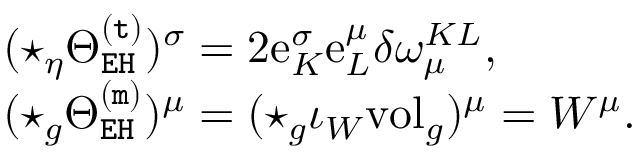
\begin{array} { r l } & { ( \star _ { \eta } \Theta _ { \mathtt { E H } } ^ { \mathtt { ( t ) } } ) ^ { \sigma } = 2 \mathrm { e } _ { K } ^ { \sigma } \mathrm { e } _ { L } ^ { \mu } \delta \omega _ { \mu } ^ { K L } , } \\ & { ( \star _ { g } \Theta _ { \mathtt { E H } } ^ { \mathtt { ( m ) } } ) ^ { \mu } = ( \star _ { g } \iota _ { W } \mathrm { v o l } _ { g } ) ^ { \mu } = W ^ { \mu } . } \end{array}